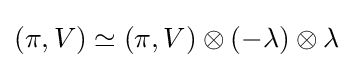
(\pi ,V)\simeq (\pi ,V)\otimes (-\lambda )\otimes \lambda